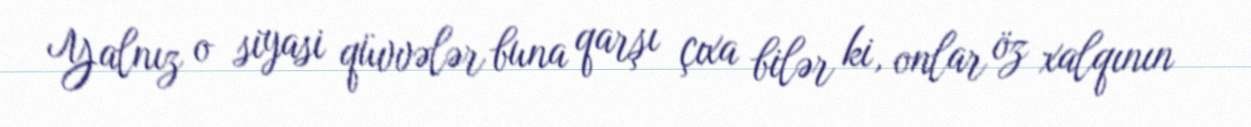
Yalnız o siyasi qüvvələr buna qarşı çıxa bilər ki, onlar öz xalqının